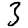
Digit: 3